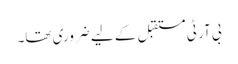
بی آر ٹی مستقبل کے لیے ضروری تھا۔